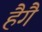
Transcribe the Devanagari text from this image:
हैगै